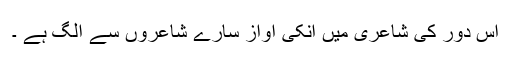
اس دور کی شاعری میں انکی آواز سارے شاعروں سے الگ ہے ۔